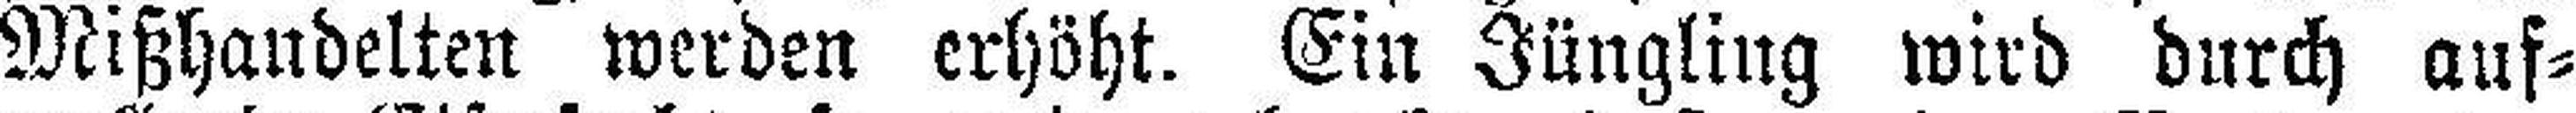
Mißhandelten werden erhöht. Ein Jüngling wird durch auf¬